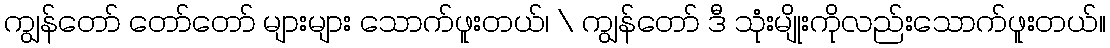
ကျွန်တော် တော်တော် များများ သောက်ဖူးတယ်၊ \ ကျွန်တော် ဒီ သုံးမျိုးကိုလည်းသောက်ဖူးတယ်။